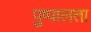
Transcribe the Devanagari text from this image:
पुष्पालता